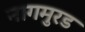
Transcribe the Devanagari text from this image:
नागमुरड